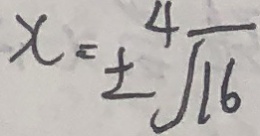
x = \pm \sqrt [ 4 ] { 1 6 }